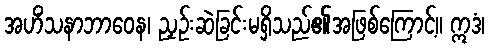
အဟိံသနာဘာဝေန၊ ညှဉ်းဆဲခြင်းမရှိသည်၏အဖြစ်ကြောင့်။ ဣဒံ၊